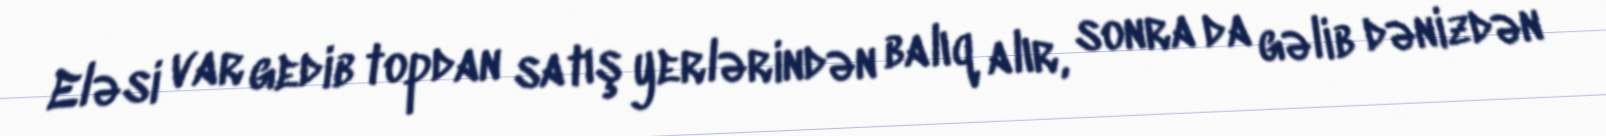
Eləsi var gedib topdan satış yerlərindən balıq alır, sonra da gəlib dənizdən